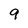
Character: 9